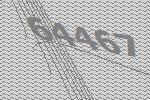
64467